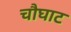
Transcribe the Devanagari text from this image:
चौघाट